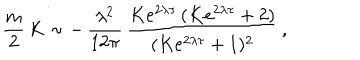
\frac { m } { 2 } \, \dot { K } \sim - \, \frac { \lambda ^ { 2 } } { 1 2 \pi } \, \frac { K e ^ { 2 \lambda \tau } \, ( K e ^ { 2 \lambda \tau } + 2 ) } { ( K e ^ { 2 \lambda \tau } + 1 ) ^ { 2 } } \, ,